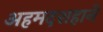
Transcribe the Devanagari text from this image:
अहमदशहाने